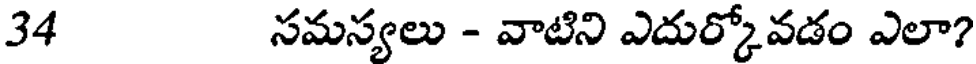
34 సమస్యలు - వాటిని ఎదుర్కోవడం ఎలా?